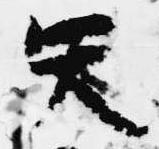
天